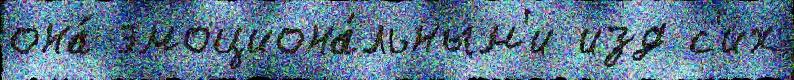
она́ эмоциона́льным'и изд с'их